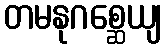
တမနုဂစ္ဆေယျ